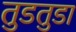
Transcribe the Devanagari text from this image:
तुडतुडा